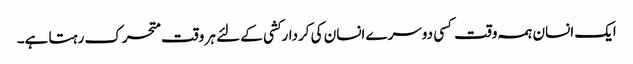
ایک انسان ہمہ وقت کسی دوسرے انسان کی کردارکشی کے لئے ہر وقت متحرک رہتا ہے۔